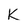
Character: K